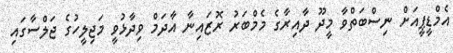
އެމްޑީޕީއަށް ނިސްބަތްވާ މީދޫ ދާއިރާގެ މެމްބަރު ރޮޒައިނާ އާދަމް ވިދާޅުވީ މަޖިލީހުގެ ޖަލްސާގައި